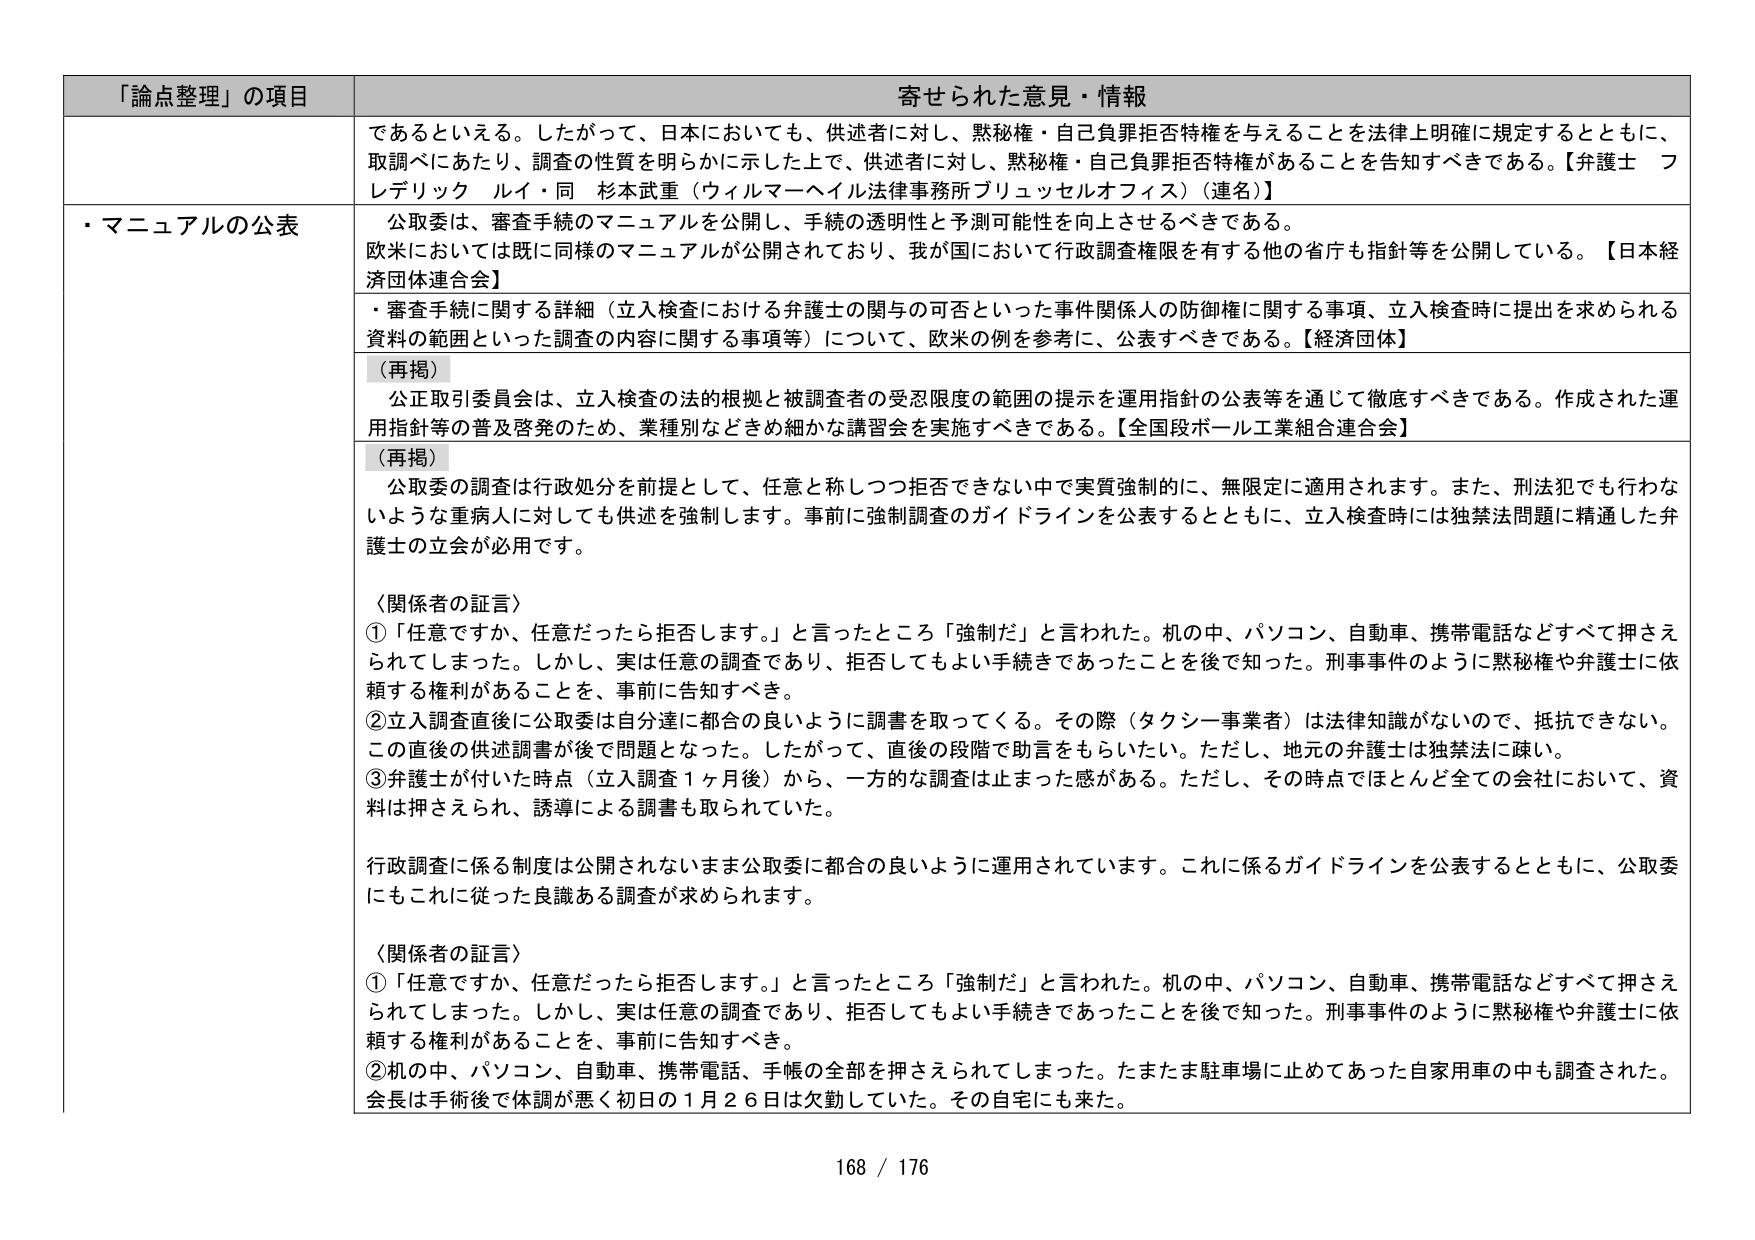
「論点整理」の項目 寄せられた意見・情報
であるといえる。したがって、日本においても、供述者に対し、黙秘権・自己負罪拒否特権を与えることを法律上明確に規定するとともに、
取調べにあたり、調査の性質を明らかに示した上で、供述者に対し、黙秘権・自己負罪拒否特権があることを告知すべきである。【弁護士 フ
レデリック ルイ・同 杉本武重（ウィルマーヘイル法律事務所ブリュッセルオフィス）（連名）】
・マニュアルの公表 公取委は、審査手続のマニュアルを公開し、手続の透明性と予測可能性を向上させるべきである。
欧米においては既に同様のマニュアルが公開されており、我が国において行政調査権限を有する他の省庁も指針等を公開している。【日本経
済団体連合会】
・審査手続に関する詳細（立入検査における弁護士の関与の可否といった事件関係人の防御権に関する事項、立入検査時に提出を求められる
資料の範囲といった調査の内容に関する事項等）について、欧米の例を参考に、公表すべきである。【経済団体】
（再掲） 公正取引委員会は、立入検査の法的根拠と被調査者の受忍限度の範囲の提示を運用指針の公表等を通じて徹底すべきである。作成された運
用指針等の普及啓発のため、業種別などきめ細かな講習会を実施すべきである。【全国段ボール工業組合連合会】
（再掲） 公取委の調査は行政処分を前提として、任意と称しつつ拒否できない中で実質強制的に、無限定に適用されます。また、刑法犯でも行わな
いような重病人に対しても供述を強制します。事前に強制調査のガイドラインを公表するとともに、立入検査時には独禁法問題に精通した弁
護士の立会が必用です。
〈関係者の証言〉 ①「任意ですか、任意だったら拒否します。」と言ったところ「強制だ」と言われた。机の中、パソコン、自動車、携帯電話などすべて押さえ
られてしまった。しかし、実は任意の調査であり、拒否してもよい手続きであったことを後で知った。刑事事件のように黙秘権や弁護士に依
頼する権利があることを、事前に告知すべき。 ②立入調査直後に公取委は自分達に都合の良いように調書を取ってくる。その際（タクシー事業者）は法律知識がないので、抵抗できない。
この直後の供述調書が後で問題となった。したがって、直後の段階で助言をもらいたい。ただし、地元の弁護士は独禁法は疎い。 ③弁護士が付いた時点（立入調査１ヶ月後）から、一方的な調査は止まった感がある。ただし、その時点ではほとんど全ての会社において、資
料は押さえられ、誘導による調書も取られていた。
行政調査に係る制度は公開されないまま公取委に都合の良いように運用されています。これに係るガイドラインを公表するとともに、公取委
にもこれに従った良識ある調査が求められます。
〈関係者の証言〉 ①「任意ですか、任意だったら拒否します。」と言ったところ「強制だ」と言われた。机の中、パソコン、自動車、携帯電話などすべて押さえ
られてしまった。しかし、実は任意の調査であり、拒否してもよい手続きであったことを後で知った。刑事事件のように黙秘権や弁護士に依
頼する権利があることを、事前に告知すべき。 ②机の中、パソコン、自動車、携帯電話、手帳の全部を押さえられてしまった。たまたま駐車場に止めてあった自家用車の中も調査された。
会長は手術後で体調が悪く初日の１月２６日は欠勤していた。その自宅にも来た。
168 / 176